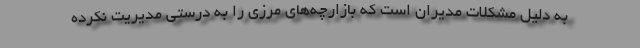
به دلیل مشکلات مدیران است که بازارچه‌های مرزی را به درستی مدیریت نکرده